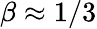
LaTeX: \beta\approx 1/3